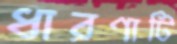
ধারণাটি